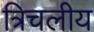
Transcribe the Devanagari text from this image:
त्रिचलीय